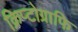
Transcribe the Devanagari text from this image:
क्रिप्टोग्राफि